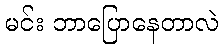
မင်း ဘာပြောနေတာလဲ